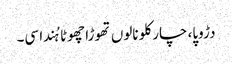
دڑوپا، چار کلو نالوں تھوڑا چھوٹا ہُندا سی۔